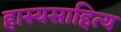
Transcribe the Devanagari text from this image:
हास्यसाहित्य